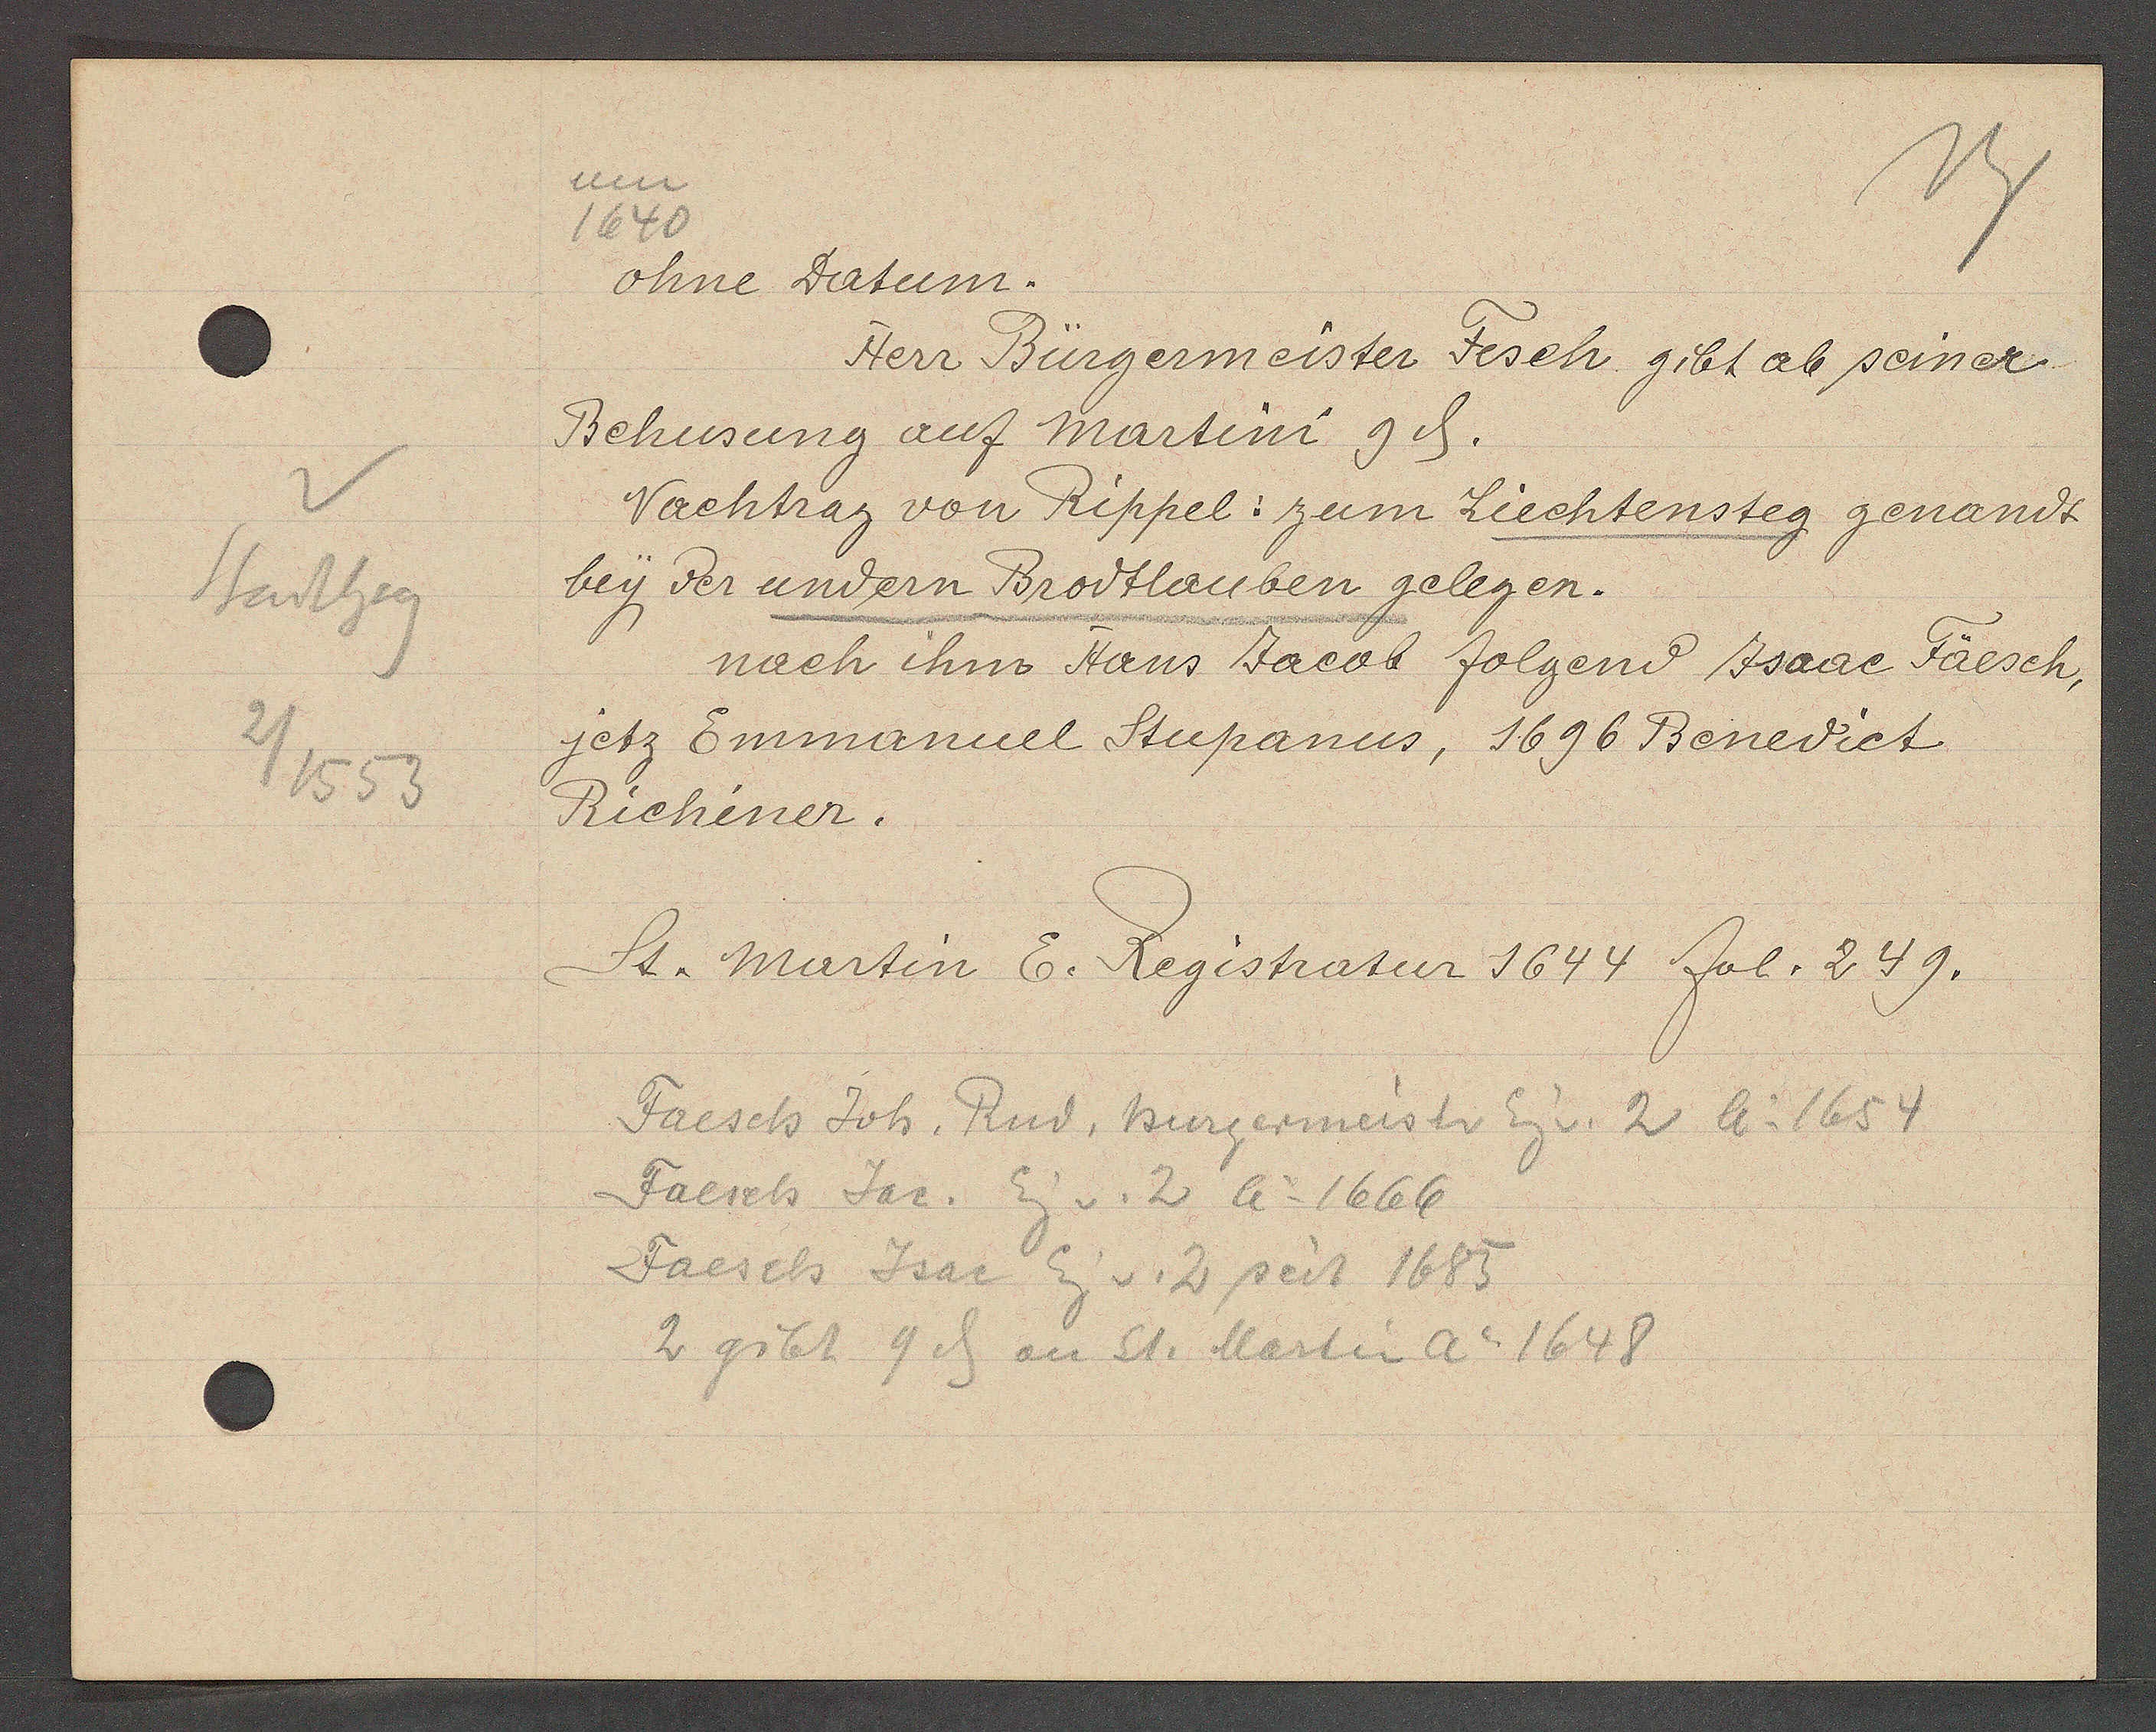
Transcript:
Stadthsg
2/1553

um
1640
ohne Datum.

Herr Bürgermeister Fesch gibt ab seiner
Behusung auf Martini 9ȡ.
Nachtrag von Rippel: zum Liechtensteg genandt
bey der undern Brodtlauben gelegen.
nach ihm Hans Jacob folgend Jsaac Fäesch,
jetz Emmanuel Stupanus, 1696 Benedict
Richiner.

St. Martin E. Registratur 1644 fol. 249.

Faesch Joh. Rud, Burgermeister Eig v. 2 Ao 1654
Faesch Jac. Eig v. 2 Ao 1666
Faesch Jsac Eig v. 2 seit 1685
2 gibt 9 ȡ an St. Martin Ao 1648